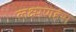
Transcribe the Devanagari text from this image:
लक्ष्मणहंस